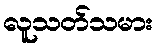
လူသတ်သမား